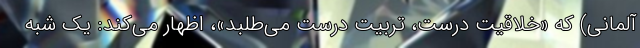
آلمانی) که «خلاقیت درست، تربیت درست می‌طلبد»، اظهار می‌کند: یک شبه